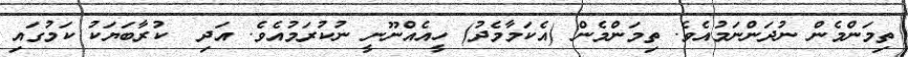
ތިމަންމެން ނުދަންނަމުއެވެ. ތިމަންމެން (އެކަމާމެދު) ހީއެއްނޫނީ ނުކުރަމުއެވެ. އަދި  ކުރާބަޔަކު ކަމުގައި